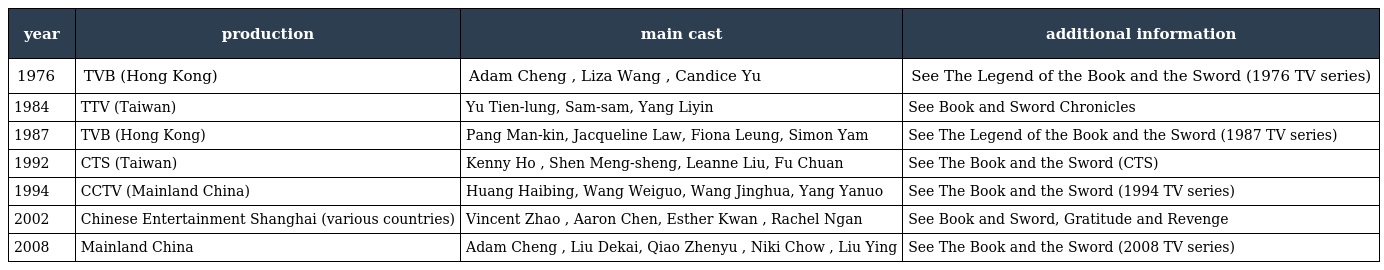
| year | production | main cast | additional information |
 | --- | --- | --- | --- |
 | 1976 | TVB (Hong Kong) | Adam Cheng , Liza Wang , Candice Yu | See The Legend of the Book and the Sword (1976 TV series) |
 | 1984 | TTV (Taiwan) | Yu Tien-lung, Sam-sam, Yang Liyin | See Book and Sword Chronicles |
 | 1987 | TVB (Hong Kong) | Pang Man-kin, Jacqueline Law, Fiona Leung, Simon Yam | See The Legend of the Book and the Sword (1987 TV series) |
 | 1992 | CTS (Taiwan) | Kenny Ho , Shen Meng-sheng, Leanne Liu, Fu Chuan | See The Book and the Sword (CTS) |
 | 1994 | CCTV (Mainland China) | Huang Haibing, Wang Weiguo, Wang Jinghua, Yang Yanuo | See The Book and the Sword (1994 TV series) |
 | 2002 | Chinese Entertainment Shanghai (various countries) | Vincent Zhao , Aaron Chen, Esther Kwan , Rachel Ngan | See Book and Sword, Gratitude and Revenge |
 | 2008 | Mainland China | Adam Cheng , Liu Dekai, Qiao Zhenyu , Niki Chow , Liu Ying | See The Book and the Sword (2008 TV series) |